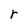
Character: r